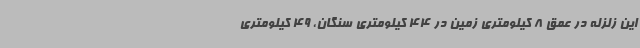
این زلزله در عمق 8 کیلومتری زمین در 44 کیلومتری سنگان، 49 کیلومتری